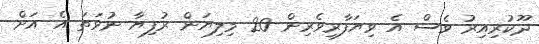
ދޫކުރިއިރު ވެސް އެ ވިޔަފާރިވެރިން 20 މިލިޔަން ރުފިޔާ ނުވަތަ އެ އަށް